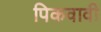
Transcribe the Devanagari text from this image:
पिकवावी